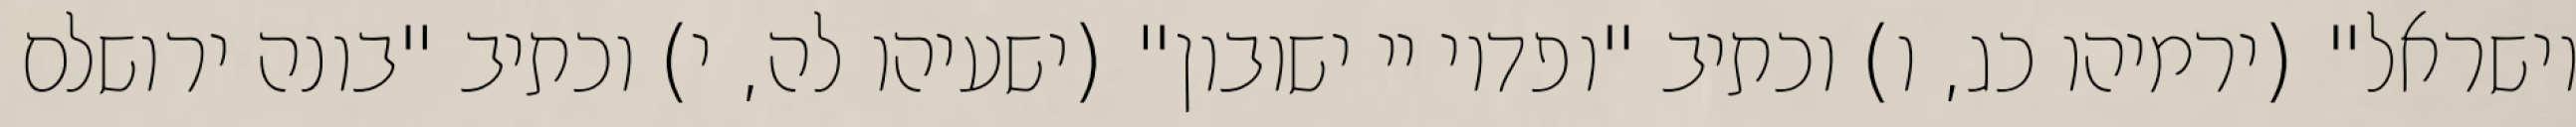
וישראל" (ירמיהו כג, ו) וכתיב "ופדוי יי ישובון" (ישעיהו לה, י) וכתיב "בונה ירושלם